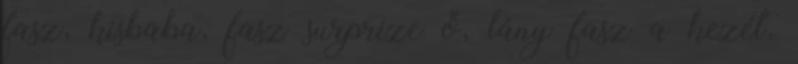
fasz, kisbaba, fasz surprize ő, lány fasz a kezét,